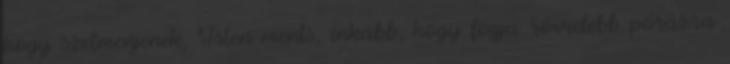
hogy szétmenjenek, Isten ments, inkább, hogy fogja rövidebb pórázra